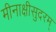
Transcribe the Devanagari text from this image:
मीनाक्षीसुदरम्